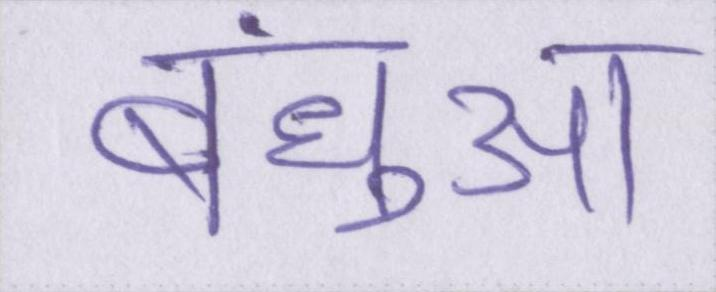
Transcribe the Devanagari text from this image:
बंधुआ